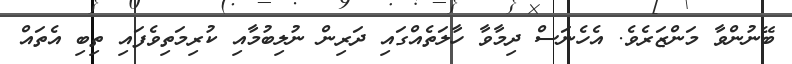
ބޭނުންވާ މަންޒަރެވެ. އެހެނަސް ދިމާވާ ހާލަތެއްގައި ދަރިން ނުލިބުމާއި ކުރިމަތިވެފައި ތިބި އެތައް